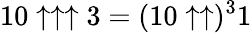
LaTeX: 10\uparrow\uparrow\uparrow 3=(10\uparrow\uparrow)^{3}1